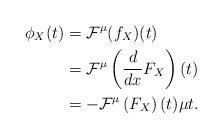
LaTeX: \begin{align*}\phi_X(t) &= \mathcal{F}^\mu(f_X)(t) \\&= \mathcal{F}^\mu\left(\frac{d}{dx}F_X\right)(t) \\&= -\mathcal{F}^\mu\left(F_X\right)(t)\mu t .\end{align*}